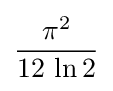
{\frac {\pi ^{2}}{12\,\ln 2}}